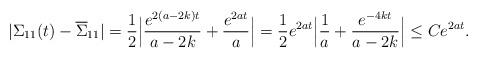
LaTeX: \begin{align*} |\Sigma_{11}(t)-\overline{\Sigma}_{11}|=\frac{1}{2}\Big|\frac{e^{2(a-2k)t}}{a-2k}+\frac{e^{2at}}{a}\Big|=\frac{1}{2}e^{2at}\Big|\frac{1}{a}+\frac{e^{-4kt}}{a-2k}\Big|\leq C e^{2at}. \end{align*}